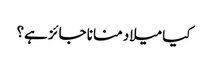
کیا میلاد منانا جائز ہے؟